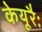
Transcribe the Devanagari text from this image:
केयूरैः